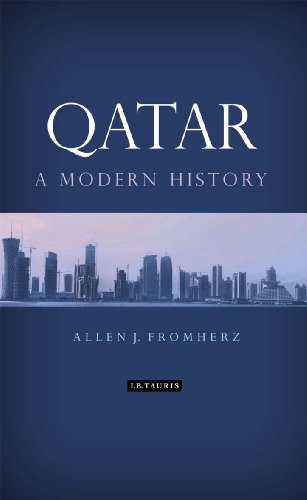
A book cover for Qatar: A Modern History; Allen James Fromherz; History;